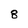
Character: 8